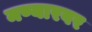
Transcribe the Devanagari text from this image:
मण्यारवर